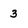
Character: 3